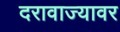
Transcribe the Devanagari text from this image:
दरावाज्यावर